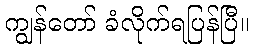
ကျွန်တော် ခံလိုက်ရပြန်ပြီ။